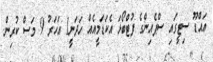
އައްޑޫ ސިޓީގައި ސްޕެއިންގެ ފުޓްބޯޅަ އެކަޑަމީއެއް ހަދަނީ1 އަހަރު 9 މަސް ކުރިން.